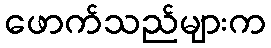
ဖောက်သည်များက